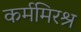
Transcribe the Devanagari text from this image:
कर्ममिरश्र